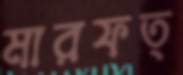
মারফত্